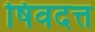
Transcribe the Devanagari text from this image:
षिवदत्त